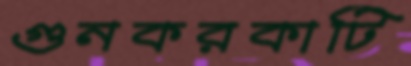
গুনকরকাটি